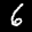
Label: 6